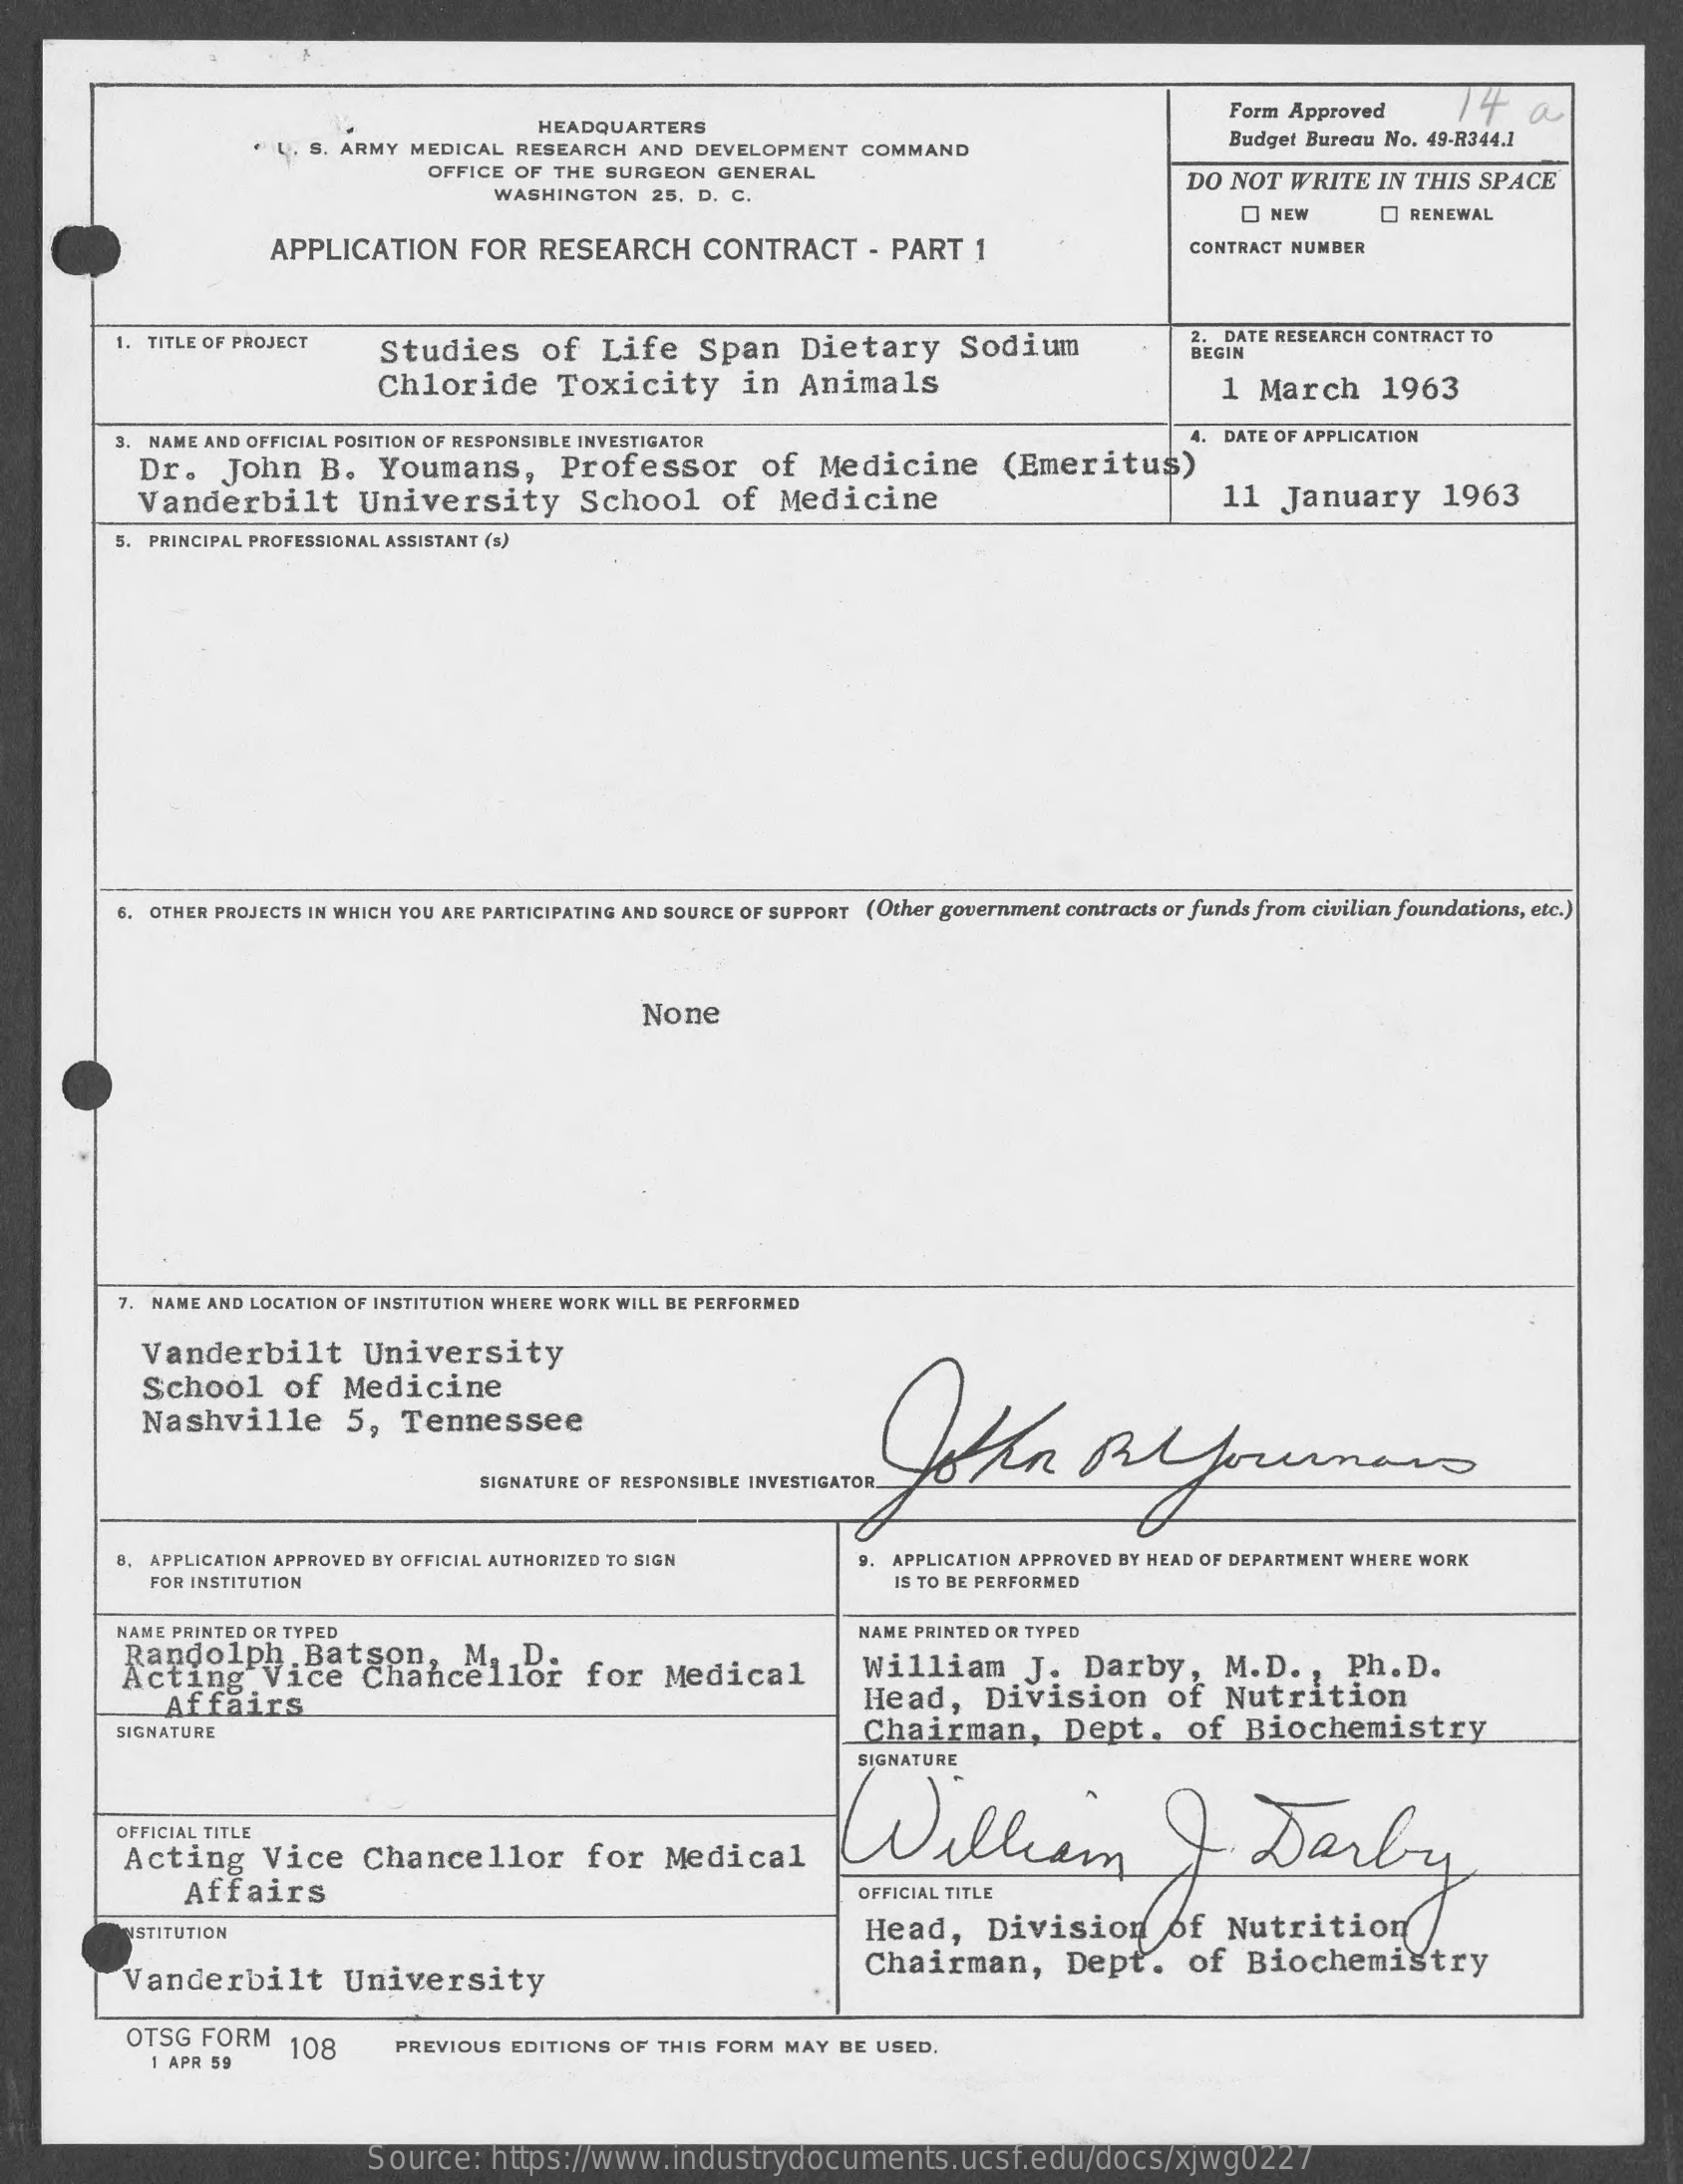
Form Approved    14   a
     HEADQUARTERS
     L. S. ARMY MEDICAL RESEARCH  AND  DEVELOPMENT   COMMAND    Budget Bureau No. 49-R344.1
     OFFICE OF  THE SURGEON  GENERAL
     WASHINGTON   25, D. C.
     DO  NOT  WRITE  IN THIS  SPACE
     O NEW    RENEWAL
     APPLICATION    FOR   RESEARCH    CONTRACT    - PART   1    CONTRACT NUMBER
     1. TITLE OF PROJECT  Studies    of   Life    Span    Dietary    Sodium    2. DATE RESEARCH CONTRACT TO
     BEGIN
     Chloride    Toxicity    in   Animals    1 March    1963
     3. NAME AND OFFICIAL POSITION OF RESPONSIBLE INVESTIGATOR    4. DATE OF APPLICATION
     Dr.   John    B.   Youmans,    Professor    of  Medicine    (Emeritus)
     Vanderbilt    University    School    of   Medicine    11  January    1963
     . PRINCIPAL PROFESSIONAL ASSISTANT (s)
     6. OTHER PROJECTS IN WHICH YOU ARE PARTICIPATING AND SOURCE OF SUPPORT (Other government contracts or funds from civilian foundations, etc.)
     None
     7. NAME AND LOCATION OF INSTITUTION WHERE WORK WILL BE PERFORMED
     Vanderbilt    University
     School    of   Medicine
     Nashville    5,   Tennessee
     SIGNATURE OF RESPONSIBLE INVESTIGATOR_
     8. APPLICATION APPROVED BY OFFICIAL AUTHORIZED TO SIGN    APPLICATION APPROVED BY HEAD OF DEPARTMENT WHERE WORK
     FOR INSTITUTION    IS TO BE PERFORMED
     NAME PRINTED OR TYPED
     Randolph    . Batson,
     NAME PRINTED OR TYPED
     Acting    Vice    Chancellor    for   Medical    William    J.   Darby,    M.D   .,  Ph.D.
     Affairs    Head,    Division    of  Nutrition
     SIGNATURE    Chairman,    Dept.    of   Biochemistry
     William    Daily
     SIGNATURE
     OFFICIAL TITLE
     Acting    Vice   Chancellor    for   Medical
     Affairs    OFFICIAL TITLE
     ISTITUTION    Head,    Division    of   Nutrition
     Vanderbilt    University
     Chairman,    Dept.    of   Biochemistry
     OTSG  FORM   108
     1 APR 59
     PREVIOUS EDITIONS OF THIS FORM MAY  BE USED.
     Source:   https://www.industrydocuments.ucsf.edu/docs/xjwg0227